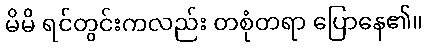
မိမိ ရင်တွင်းကလည်း တစုံတရာ ပြောနေ၏။